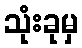
သုံးခုမှ